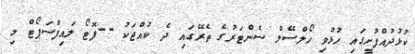
ކުޅުދުއްފުށީގައި ހުޅުވި ހޯލްސޭލް ސެންޓަރުގެ ތެރޭގައި ދެ ކުއްޖަކު --ފޮޓޯ ލައިފްސަޕޯޓް މި